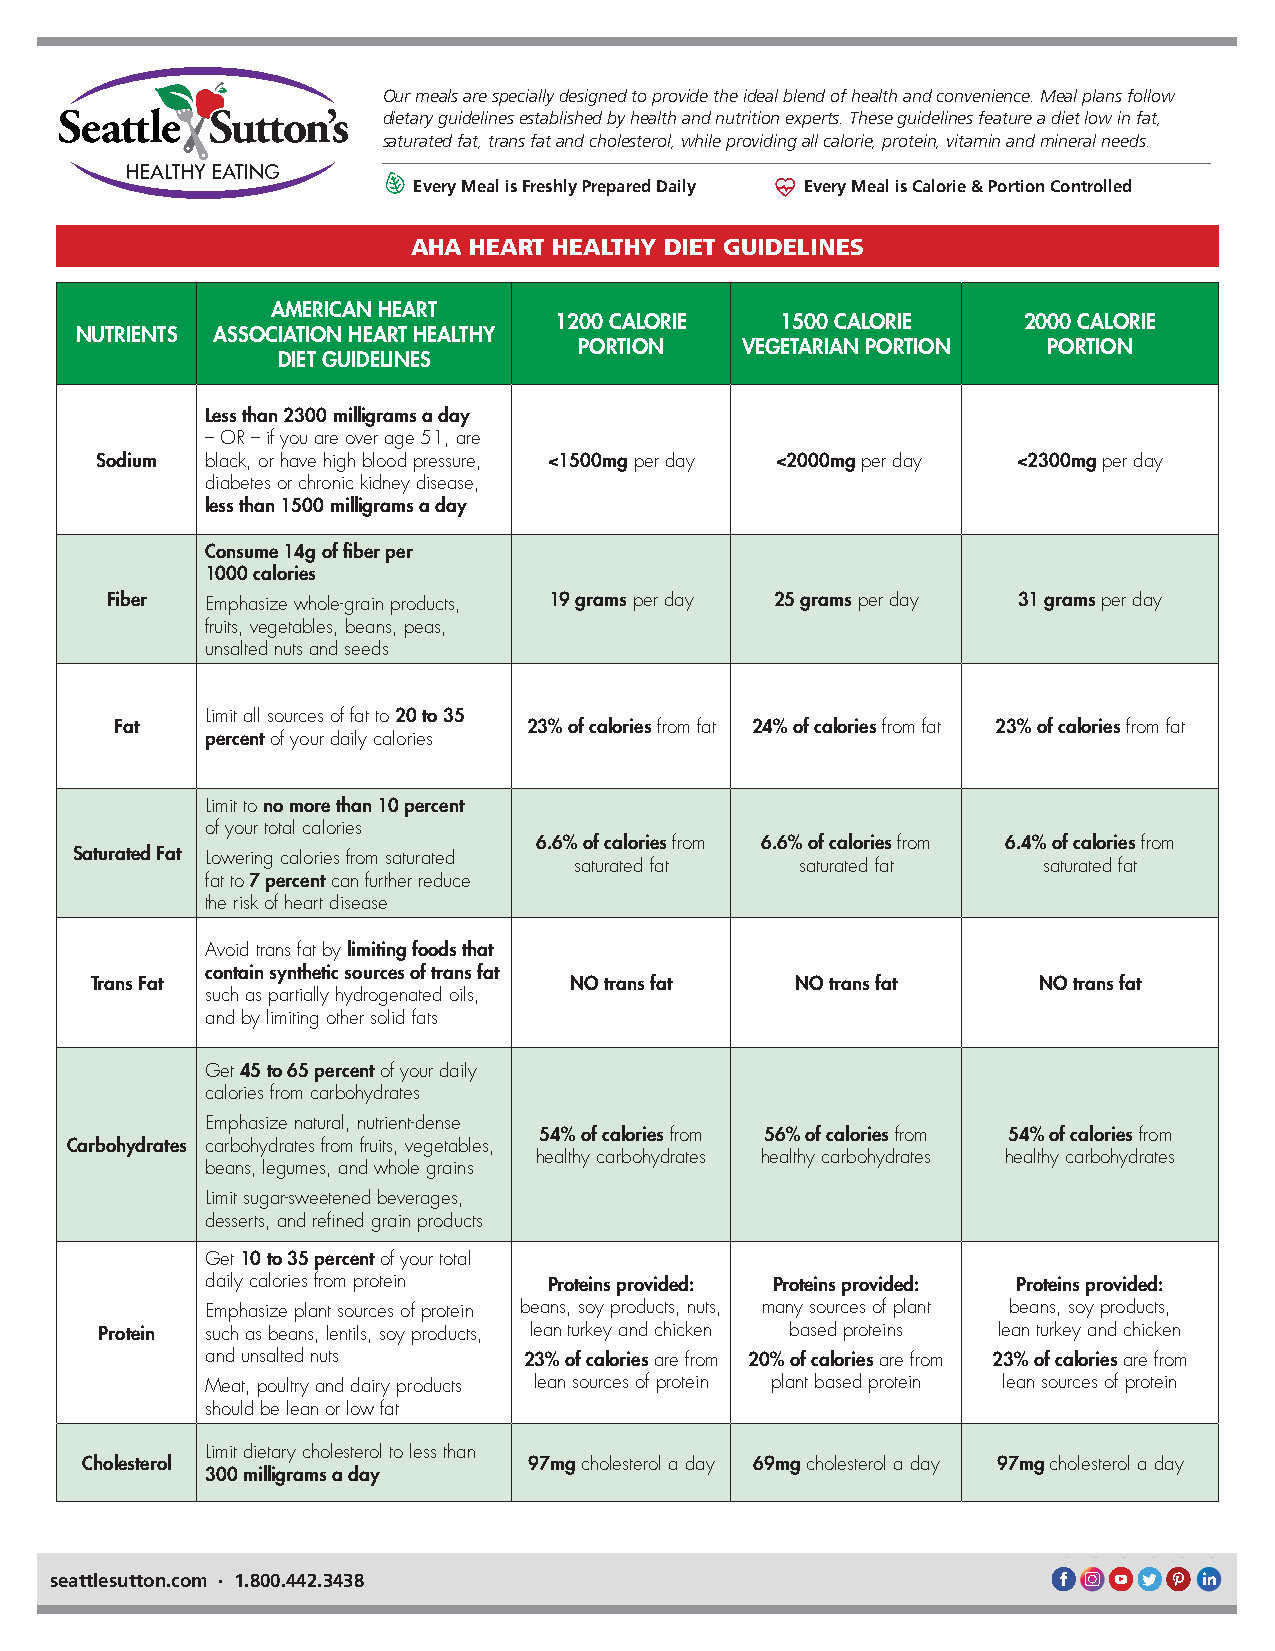
Our meals are specially designed to provide the ideal blend of health and convenience. Meal plans follow
 dietary guidelines established by health and nutrition experts. These guidelines feature a diet low in fat,
 saturated fat, trans fat and cholesterol, while providing all calorie, protein, vitamin and mineral needs.
 Every Meal is Freshly Prepared Daily Every Meal is Calorie & Portion Controlled
 AHA HEART HEALTHY DIET GUIDELINES
 AMERICAN HEART
 1200 CALORIE   1500 CALORIE    2000 CALORIE
 NUTRIENTS ASSOCIATION HEART HEALTHY
 PORTION    VEGETARIAN PORTION  PORTION
 DIET GUIDELINES
 Less than 2300 milligrams a day
 – OR – if you are over age 51, are
 Sodium  black, or have high blood pressure, <1500mg per day <2000mg per day <2300mg per day
 diabetes or chronic kidney disease,
 less than 1500 milligrams a day
 Consume 14g of fiber per
 1000 calories
 Fiber  Emphasize whole-grain products, 19 grams per day 25 grams per day 31 grams per day
 fruits, vegetables, beans, peas,
 unsalted nuts and seeds
 Limit all sources of fat to 20 to 35
 Fat                        23% of calories from fat 24% of calories from fat 23% of calories from fat
 percent of your daily calories
 Limit to no more than 10 percent
 of your total calories
 6.6% of calories from 6.6% of calories from 6.4% of calories from
 Saturated Fat Lowering calories from saturated
 saturated fat  saturated fat   saturated fat
 fat to 7 percent can further reduce
 the risk of heart disease
 Avoid trans fat by limiting foods that
 contain synthetic sources of trans fat
 Trans Fat                       NO trans fat   NO trans fat    NO trans fat
 such as partially hydrogenated oils,
 and by limiting other solid fats
 Get 45 to 65 percent of your daily
 calories from carbohydrates
 Emphasize natural, nutrient-dense
 54% of calories from 56% of calories from 54% of calories from
 Carbohydrates carbohydrates from fruits, vegetables,
 healthy carbohydrates healthy carbohydrates healthy carbohydrates
 beans, legumes, and whole grains
 Limit sugar-sweetened beverages,
 desserts, and refined grain products
 Get 10 to 35 percent of your total
 daily calories from protein Proteins provided: Proteins provided: Proteins provided:
 Emphasize plant sources of protein beans, soy products, nuts, many sources of plant beans, soy products,
 Protein such as beans, lentils, soy products, lean turkey and chicken based proteins lean turkey and chicken
 and unsalted nuts    23% of calories are from 20% of calories are from 23% of calories are from
 Meat, poultry and dairy products lean sources of protein plant based protein lean sources of protein
 should be lean or low fat
 Limit dietary cholesterol to less than
 Cholesterol                   97mg cholesterol a day 69mg cholesterol a day 97mg cholesterol a day
 300 milligrams a day
 seattlesutton.com • 1.800.442.3438